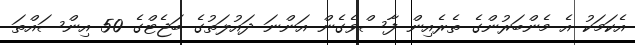
އެކަމަކު އެ މެންބަރުންގެ ތެރެއިން ފާސްވެގެން އަންނަ ދައުލަތުގެ ބަޖެޓްގެ 50 އިންސައްތަ